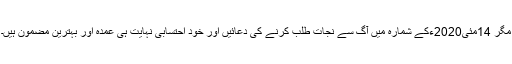
مگر 14مئی2020ءکے شمارہ میں آگ سے نجات طلب کرنے کی دعائیں اور خود احتسابی نہایت ہی عمدہ اور بہترین مضمون ہیں۔